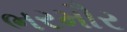
ભરમૌર